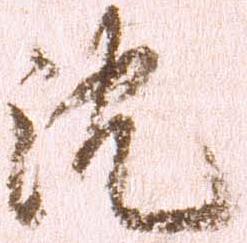
沈